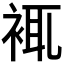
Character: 𧚊